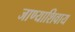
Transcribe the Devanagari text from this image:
जाण्याशिवाय